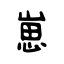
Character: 崽